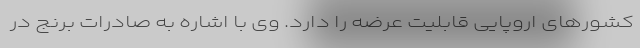
کشورهای اروپایی قابلیت عرضه را دارد. وی با اشاره به صادرات برنج در